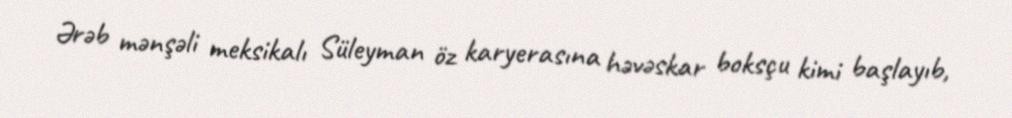
Ərəb mənşəli meksikalı Süleyman öz karyerasına həvəskar boksçu kimi başlayıb,